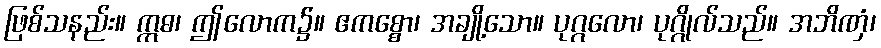
ဖြစ်သနည်း။ ဣဓ၊ ဤလောက၌။ ဧကစ္စော၊ အချို့သော။ ပုဂ္ဂလော၊ ပုဂ္ဂိုလ်သည်။ အဘိဏှံ၊